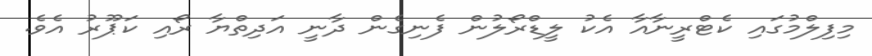
މިފިލްމުގައި ކެޓްރީނާއާ އެކު ލީޑްރޯލުން ފެނިގެން ދާނީ އަދިތްޔާ ރޯއި ކަޕޫރު އެވެ.